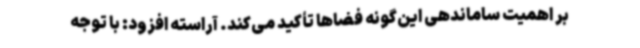
بر اهمیت ساماندهی این‌گونه فضاها تأکید می‌کند. آراسته افزود: با توجه